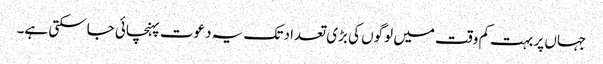
جہاں پر بہت کم وقت میں لوگوں کی بڑی تعداد تک یہ دعوت پہنچائی جاسکتی ہے۔